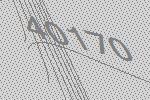
40170